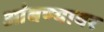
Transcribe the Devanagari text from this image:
आंबण्यावर